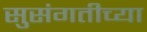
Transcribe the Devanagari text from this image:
सुसंगतीच्या